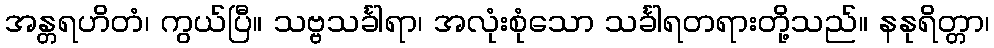
အန္တရဟိတံ၊ ကွယ်ပြီ။ သဗ္ဗသင်္ခါရာ၊ အလုံးစုံသော သင်္ခါရတရားတို့သည်။ နနုရိတ္တာ၊